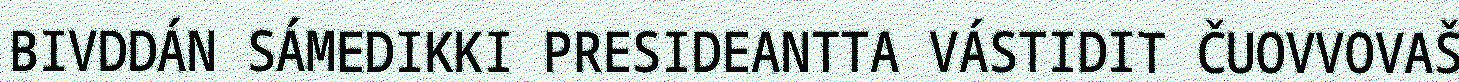
BIVDDÁN SÁMEDIKKI PRESIDEANTTA VÁSTIDIT ČUOVVOVAŠ